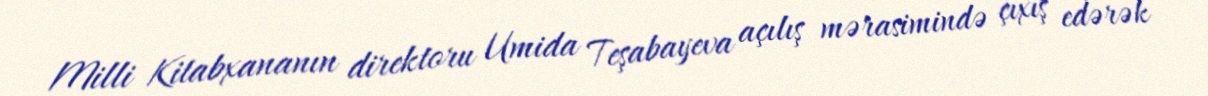
Milli Kitabxananın direktoru Umida Teşabayeva açılış mərasimində çıxış edərək